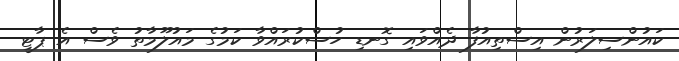
ކައުންސިލަރުން އިސްތިއުފާ ދެއްވައި ގޮނޑި ހުސްކުރައްވާ ކަމުގެ މައުލޫމާތު ވެސް އެ ޕާޓީ